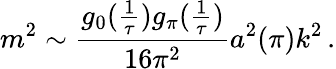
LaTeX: m^{2}\sim\frac{g_{0}(\frac{1}{\tau})g_{\pi}(\frac{1}{\tau})}{16\pi^{2}}a^{2}(\pi)k^{2}\, .